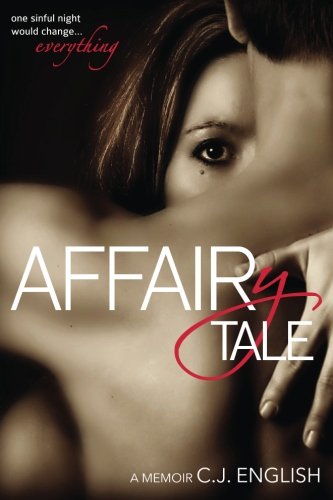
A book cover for Affairytale, A Memoir; C.J. English; Literature & Fiction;